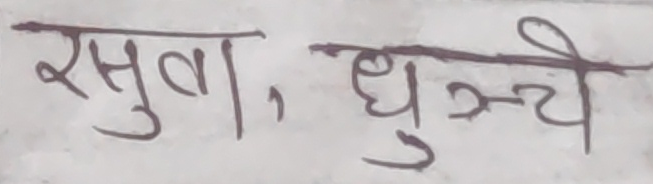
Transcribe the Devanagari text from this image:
सुवा, धुन्चे